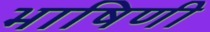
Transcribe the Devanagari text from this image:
भाषिणी